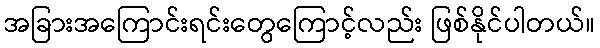
အခြားအကြောင်းရင်းတွေကြောင့်လည်း ဖြစ်နိုင်ပါတယ်။